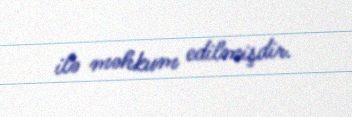
ilə məhkum edilmişdir.